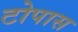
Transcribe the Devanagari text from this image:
टोपास